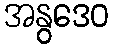
အနွဒေဝ